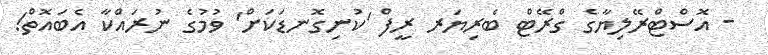
- އޮސްޓްރޭލިޔާގެ ގްރޭޓް ބެރިޔަރ ރީފް 'ކުނިގޮނޑަކަށް' ވުމުގެ ނުރައްކާ އެބައޮތް!